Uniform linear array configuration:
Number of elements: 16
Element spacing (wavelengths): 0.25
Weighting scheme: hamming
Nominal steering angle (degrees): -60
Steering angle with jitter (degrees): -60.144
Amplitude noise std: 0.05
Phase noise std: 0.05

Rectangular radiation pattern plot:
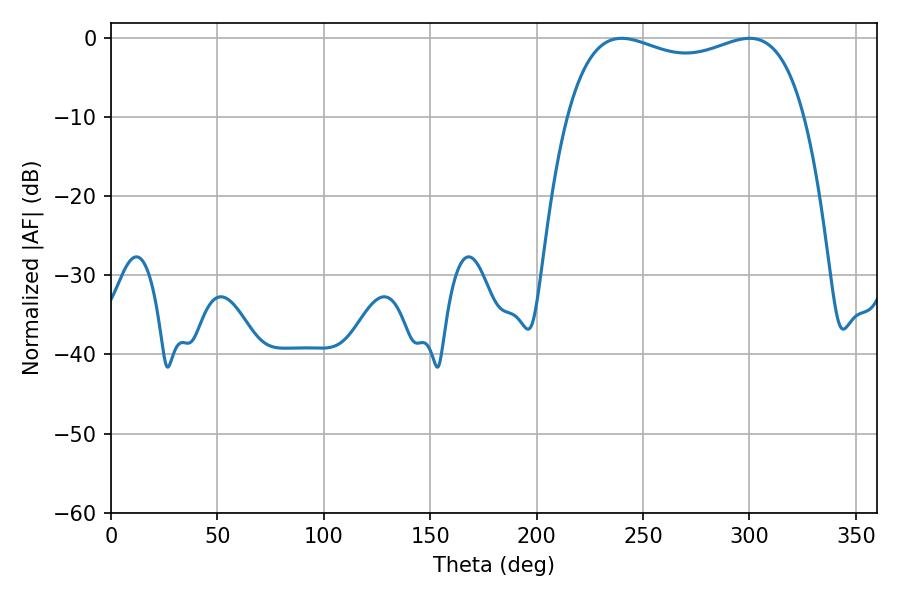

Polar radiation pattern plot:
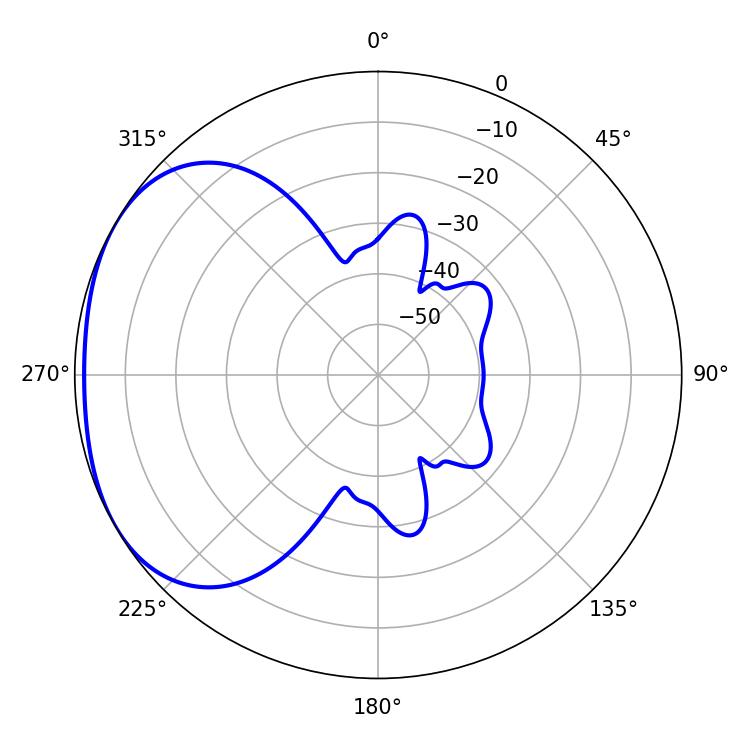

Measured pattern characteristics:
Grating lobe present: FALSE
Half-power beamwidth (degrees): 91.44
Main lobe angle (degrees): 239.94